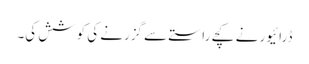
ڈرائیور نے کچے راستے سے گزرنے کی کوشش کی۔